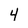
Character: 4